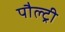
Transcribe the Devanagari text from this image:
पौल्ट्री